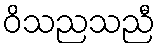
ဝိသညသညီ